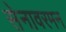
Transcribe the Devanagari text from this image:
सेनावरमन